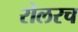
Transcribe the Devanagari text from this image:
रोलरच